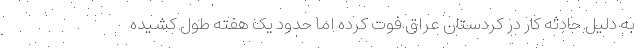
به دلیل حادثه کار در کردستان عراق فوت کرده اما حدود یک هفته طول کشیده